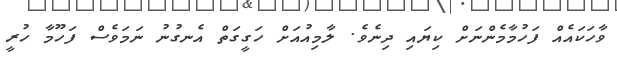
ވާހަކައެއް ފަހުމާމެންނަށް ކިޔައި ދިނެވެ. ލާމިއުއަށް ހަގީގަތް އެނގުނު ނަމަވެސް ފަހޫމާ ހުރީ